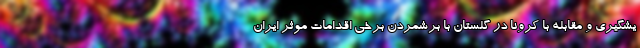
یشگیری و مقابله با کرونا در گلستان با برشمردن برخی اقدامات موثر ایران